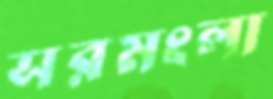
সরমংলা